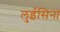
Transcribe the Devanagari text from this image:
लुईसिना